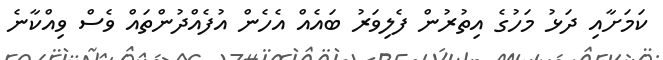
ކަމަށާއި ދަޅު މަހުގެ އިތުރުން ފެލިވަރު ބައެއް އެހެން އުފެއްދުންތައް ވެސް ވިއްކާނެ